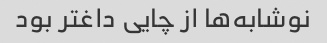
نوشابه‌ها از چایی داغتر بود